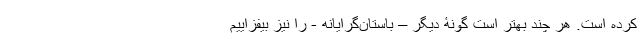
کرده است. هر چند بهتر است گونۀ دیگر – باستان‌گرایانه - را نیز بیفزاییم